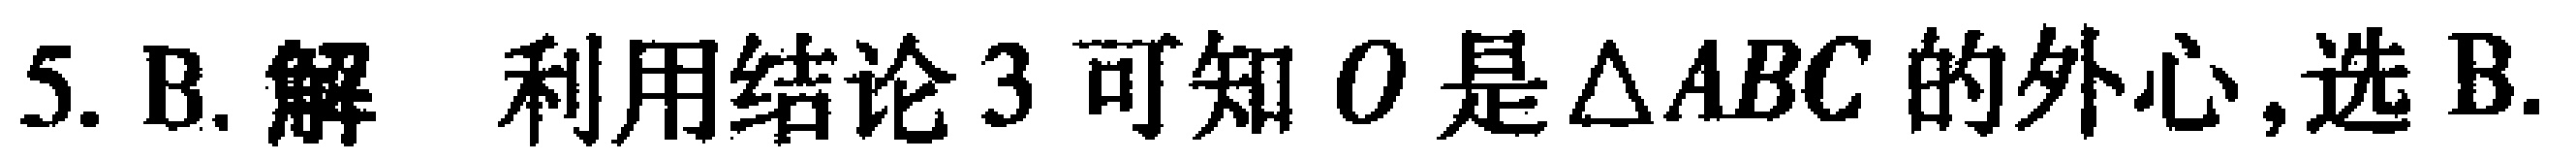
5. B. 解 利用结论 3 可知 \(O\) 是\(\triangle ABC\) 的外心,选 B.